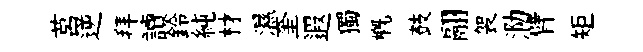
莒逆拜讀鈴純材濕奎遐獨槪鼓翮袈泐臂矩